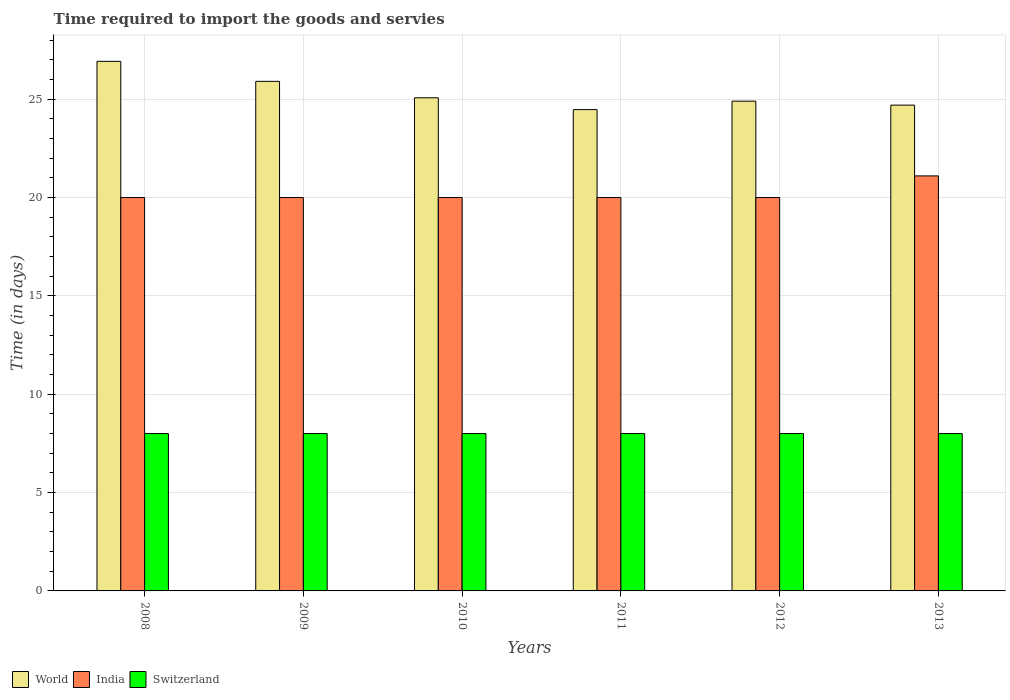
| Years | World | India | Switzerland |
 | --- | --- | --- | --- |
 | 2008 | 26.9 | 20 | 8 |
 | 2009 | 25.9 | 20 | 8 |
 | 2010 | 25.1 | 20 | 8 |
 | 2011 | 24.5 | 20 | 8 |
 | 2012 | 24.9 | 20 | 8 |
 | 2013 | 24.7 | 21.1 | 8 |